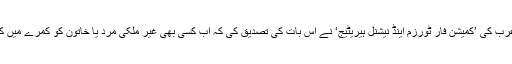
رپورٹ میں عربی اخبار ’اوکاز‘ کا حوالہ دیتے ہوئے بتایا گیا کہ سعودی عرب کی ’کمیشن فار ٹورزم اینڈ نیشنل ہیریٹیج‘ نے اس بات کی تصدیق کی کہ اب کسی بھی غیر ملکی مرد یا خاتون کو کمرے میں کسی نامحرم کو ساتھ رکھنے پر کوئی دستاویزات پیش نہیں کرنی پڑیں گی۔